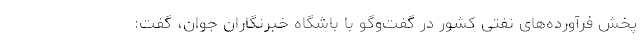
پخش فرآورده‌های نفتی کشور در گفت‌وگو با باشگاه خبرنگاران جوان، گفت: